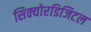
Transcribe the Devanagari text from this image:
सिक्योरडिजिटल